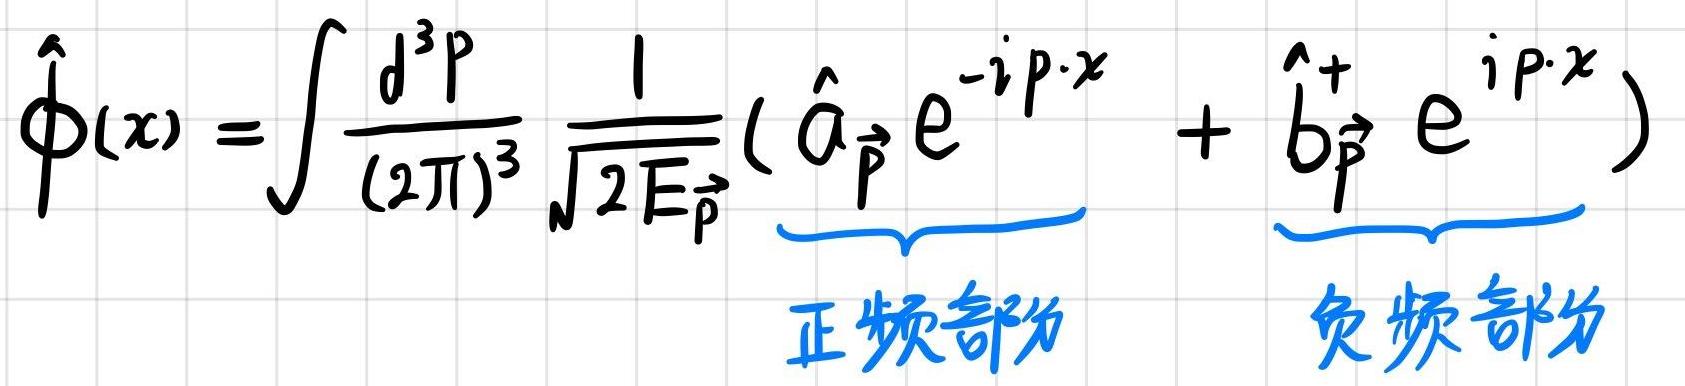
\[
\hat{\phi}(x)=\int \frac{d^{3} p}{(2 \pi)^{3}} \frac{1}{\sqrt{2 E_{\vec{p}}}}(\underbrace{\hat{a}_{\vec{p}} e^{-i p \cdot x}}_{\text {正频部分 }}+\underbrace{\hat{b}_{\vec{p}}^{+} e^{i p \cdot x}}_{\text {负频部分 }})
\]